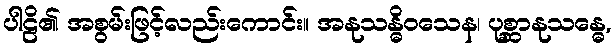
ပါဠိ၏ အစွမ်းဖြင့်လည်းကောင်း။ အနုသန္ဓိဝသေန၊ ပုစ္ဆာနုသန္ဓေ,